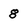
Character: 8